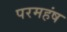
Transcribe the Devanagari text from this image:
परमहंष